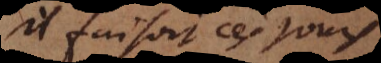
il faisait ces jours